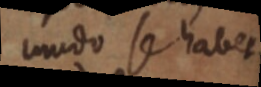
modo se habet